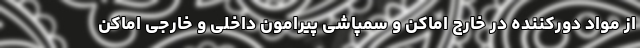
از مواد دورکننده در خارج اماکن و سمپاشی پیرامون داخلی و خارجی اماکن